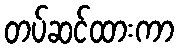
တပ်ဆင်ထားကာ